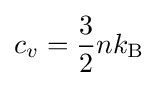
c_{v}={\frac {3}{2}}nk_{\rm {B}}